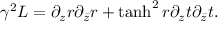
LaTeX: \gamma ^ { 2 } { \cal L } = \partial _ { z } r \partial _ { \bar { z } } r + \operatorname { t a n h } ^ { 2 } r \partial _ { z } t \partial _ { \bar { z } } t .